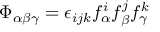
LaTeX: \Phi _ { \alpha \beta \gamma } = \epsilon _ { i j k } f _ { \alpha } ^ { i } f _ { \beta } ^ { j } f _ { \gamma } ^ { k }